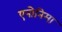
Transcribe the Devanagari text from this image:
एनोनिमा